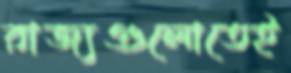
রাজ্যগুলোতেই